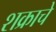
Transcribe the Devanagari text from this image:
शक्राचे